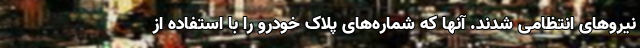
نیروهای انتظامی شدند. آنها که شماره‌های پلاک خودرو را با استفاده از